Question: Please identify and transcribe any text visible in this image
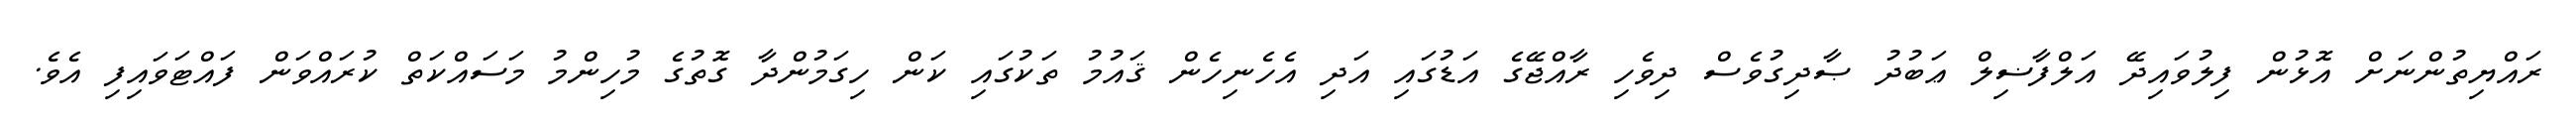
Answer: ރައްޔިތުންނަށް އޮޅުން ފިލުވައިދޭ އަލްފާޟިލް ޢަބުދު ޞާދިގުވެސް ދިވެހި ރާއްޖޭގެ އަޑުގައި އަދި އެހެނިހެން ޤައުމު ތަކުގައި ކަން ހިގަމުންދާ ގޮތުގެ މުހިންމު މަސައްކަތް ކުރައްވަން ފައްޓަވައިފި އެވެ.